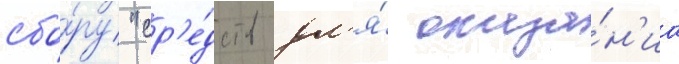
сбо́ру "ср'е́дств дл'я́ оказа́н'иа